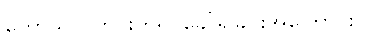
ကောသလတိုင်းဟူ၍ ခေါ်ရခြင်းအကြောင်း။